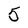
Character: 5